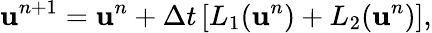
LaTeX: \mathbf{u}^{n+1}=\mathbf{u}^{n}+\Delta t\left[L_{1}(\mathbf{u}^{n})+L_{2}(\mathbf{u}^{n})\right],